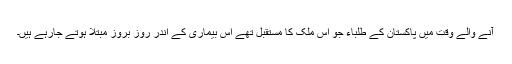
آنے والے وقت میں پاکستان کے طلباء جو اس ملک کا مستقبل تھے اس بیماری کے اندر روز بروز مبتلا ہوتے جارہے ہیں۔